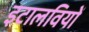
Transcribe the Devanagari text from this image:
इटालवियों